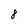
Character: 8